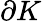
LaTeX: \partial K